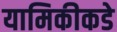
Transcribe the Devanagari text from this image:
यामिकीकडे